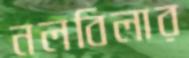
নলবিলার